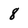
Character: 8